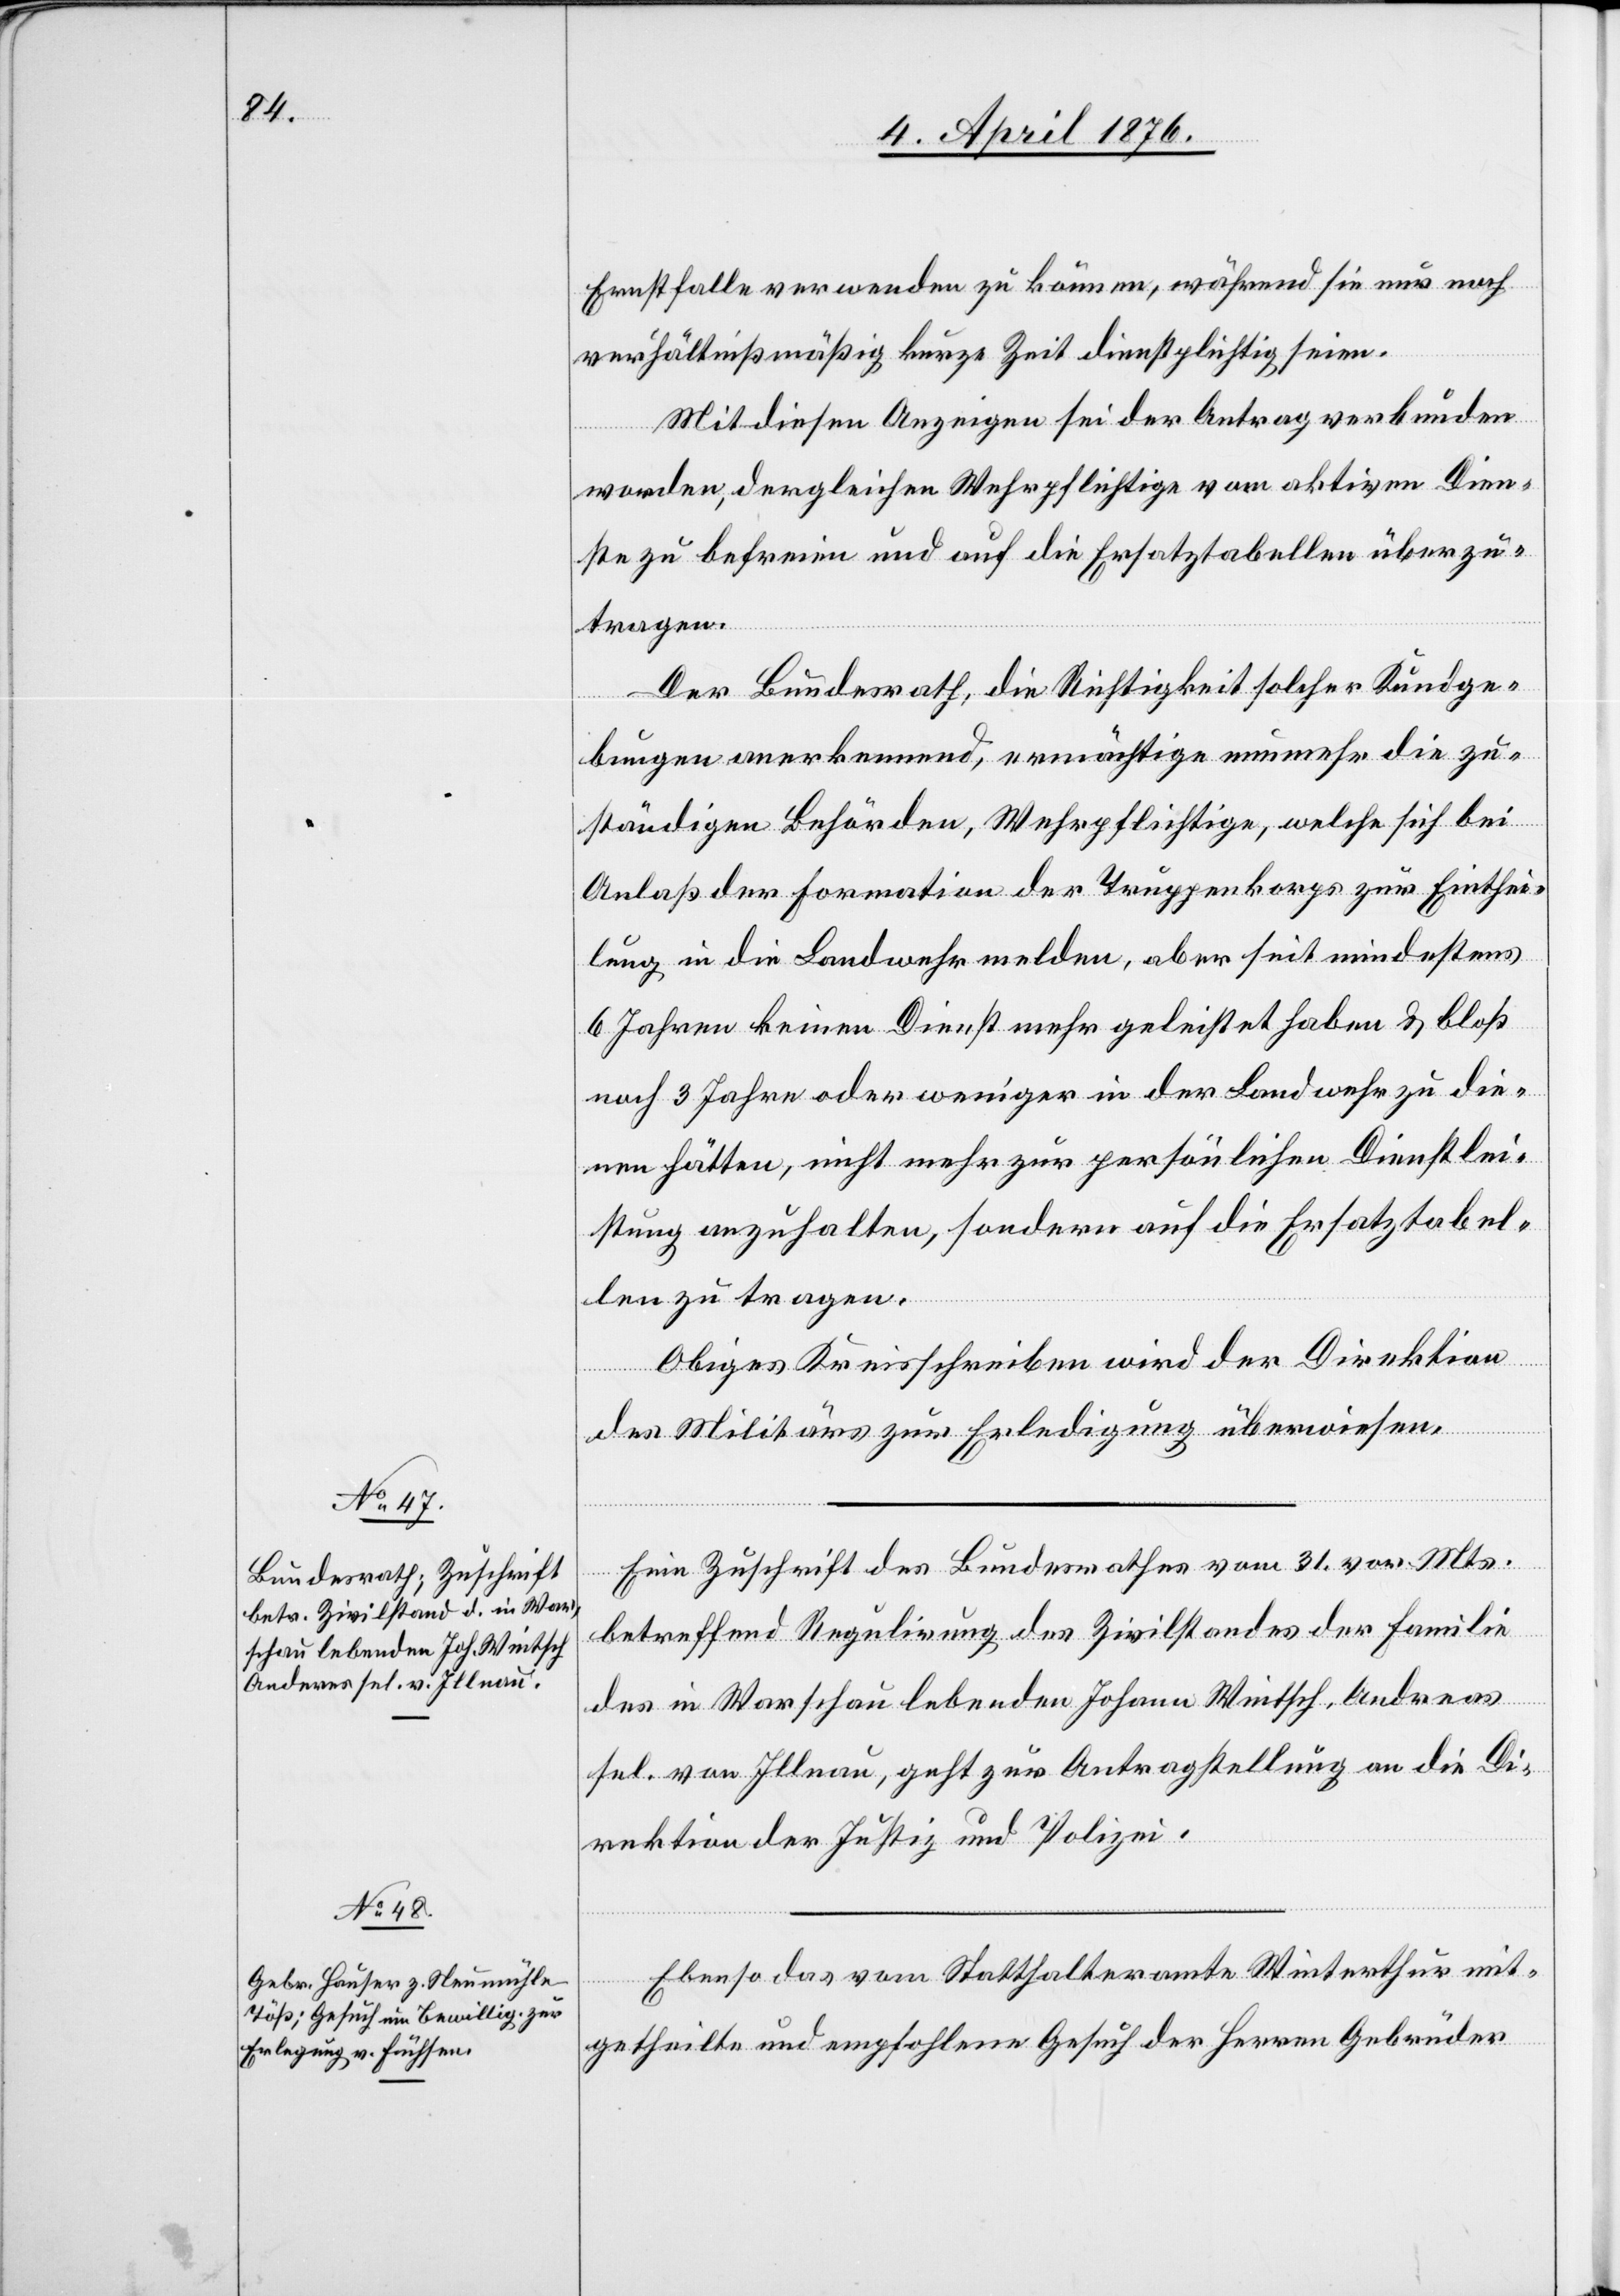
5. April 1876.]
Ernstfalle verwenden zu können, während sie nur noch
verhältnißmäßig kurze Zeit dienstpflichtig seien.
Mit diesen Anzeigen sei der Antrag verbunden
worden, dergleichen Wehrpflichtige vom aktiven Dien¬
ste zu befreien und auf die Ersatztabellen überzu¬
tragen.
Der Bundesrath, die Richtigkeit solcher Kundge¬
bungen anerkennend, ermächtige nunmehr die zu¬
ständigen Behörden, Wehrpflichtige, welche sich bei
Anlaß der Formation der Truppenkorps zur Einthei¬
lung in die Landwehr melden, aber seit mindestens
6 Jahren keinen Dienst mehr geleistet haben & bloß
noch 3 Jahre oder weniger in der Landwehr zu die¬
nen hätten, nicht mehr zur persönlichen Dienstlei¬
stung anzuhalten, sondern auf die Ersatztabel¬
len zu tragen.
Obiges Kreisschreiben wird der Direktion
des Militärs zur Erledigung überwiesen.
Eine Zuschrift des Bundesrathes vom 31. vor. Mts.
betreffend Regulirung des Zivilstandes der Familie
des in Warschau lebenden Johann Wintsch, Andreas
sel. von Illnau, geht zur Antragstellung an die Di¬
rektion der Justiz und Polizei.
Ebenso das vom Statthalteramte Winterthur mit¬
getheilte und empfohlene Gesuch der Herren Gebrüder